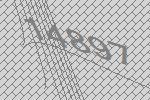
14897